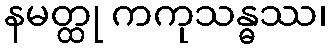
နမတ္ထု ကကုသန္ဓဿ၊